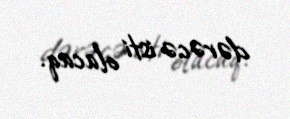
dərəcə isti olacaq.